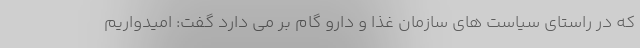
که در راستای سیاست های سازمان غذا و دارو گام بر می دارد گفت: امیدواریم